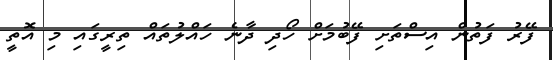
ފޭރު ފަތުން އިސްތަށި ފޭބުމަށް ހޯދި ދާނެ ހައްލުތައް ތިރީގައި މި އޮތީ